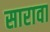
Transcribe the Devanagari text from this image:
सारावा